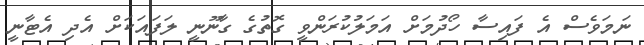
ނަމަވެސް އެ ފައިސާ ހޯދުމަށް އަމަލުކުރަންވީ ގޮތުގެ ގާނޫނީ ލަފައަކަށް އެދި އެޓާނީ